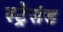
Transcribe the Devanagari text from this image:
स्ट्रेसंड